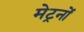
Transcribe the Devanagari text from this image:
मेट्रनों